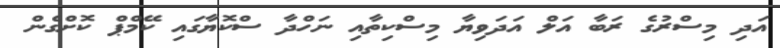
އަދި މިސްރުގެ ރަބާ އަލް އަދަވިޔާ މިސްކިތާއި ނަހްދާ ސްކޮޔާގައި ކޭމްޕް ކޮށްގެން